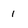
Character: i